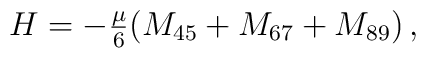
H=-\textstyle{\frac{\mu}{6}}(M_{45}+M_{67}+M_{89})\,,